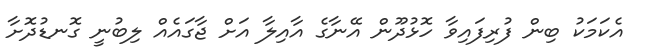
އެކަމަކު ބިން ފުރިފައިވާ ހޮޅުދޫން އޭނާގެ އާއިލާ އަށް ޖާގައެއް ލިބުނީ ގޮނޑުދޮށާ